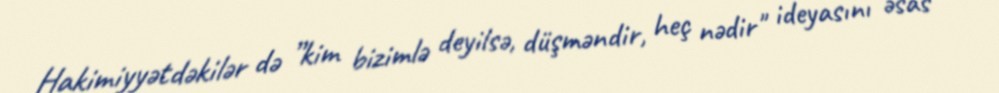
Hakimiyyətdəkilər də ”kim bizimlə deyilsə, düşməndir, heç nədir" ideyasını əsas